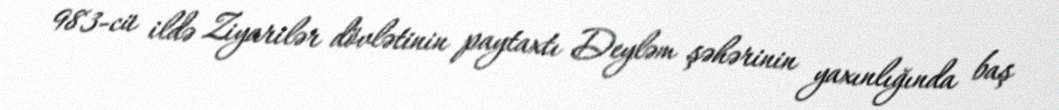
983-cü ildə Ziyarilər dövlətinin paytaxtı Deyləm şəhərinin yaxınlığında baş